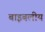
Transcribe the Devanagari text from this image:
बाइबलीय